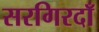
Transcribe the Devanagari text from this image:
सरगिरदाँ